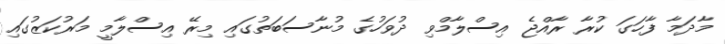
މާދަމާ ފާހަގަ ކުރާ ރާއްޖެ އިސްލާމްވި ދުވަހުގެ މުނާސަބަތުގައި މިރޭ އިސްލާމީ މަރުކަޒުގައި